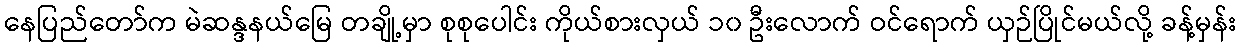
နေပြည်တော်က မဲဆန္ဒနယ်မြေ တချို့မှာ စုစုပေါင်း ကိုယ်စားလှယ် ၁၀ ဦးလောက် ဝင်ရောက် ယှဉ်ပြိုင်မယ်လို့ ခန့်မှန်း